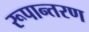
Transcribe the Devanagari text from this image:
रूपान्‍तरण